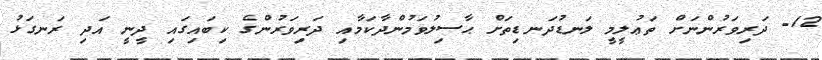
12- ދަރިވަރުންނަށް ތަޢުލީމީ ލަނޑުދަނޑިތަށް ޙާސިލުވަމުންދާކަމާއި ދަރިވަރުންގެ ކިބައިގައި ދީނީ އަދި ރަނގަޅު